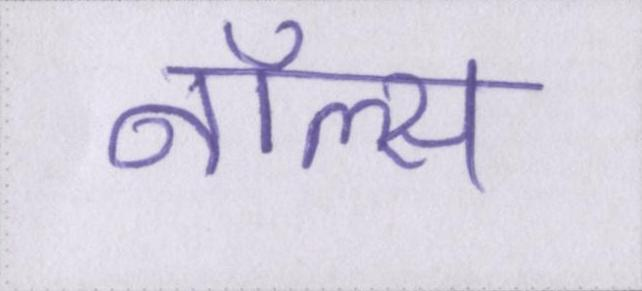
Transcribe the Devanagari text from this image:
नॉल्स